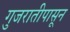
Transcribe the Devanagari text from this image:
गुजरातीपासून